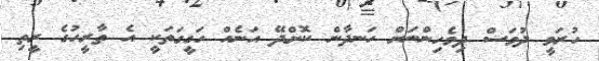
ހުރަވީ ދުވަސް ދިވެހިންނަށް ހަނދާން ކޮށްދޭ އަނެއް ހަގީގަތަކީ އެ ތާރީހުގެ ރީތި